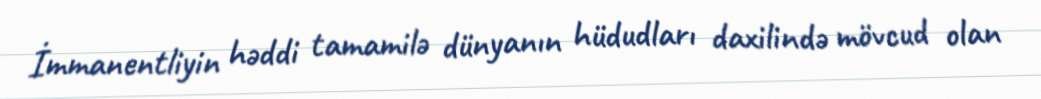
İmmanentliyin həddi tamamilə dünyanın hüdudları daxilində mövcud olan